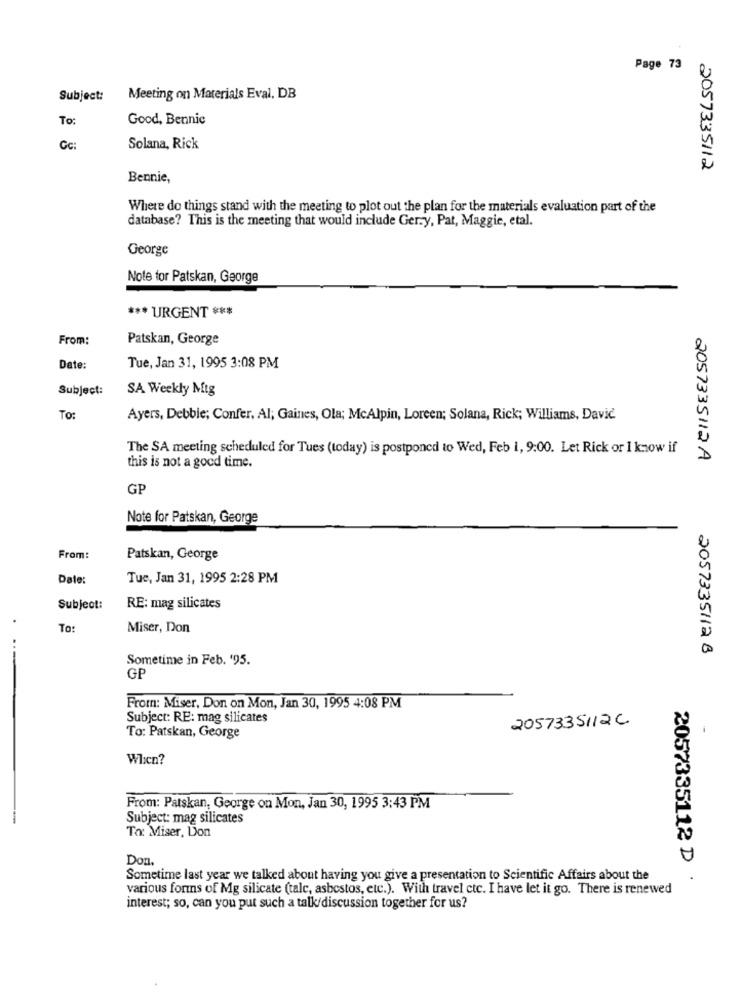
Page 73
Subject:
Meeting on Materials Eval, DB
To:
Good, Bennic
Gc:
Solana, Rick
2057335112
Bennie,
Where do things stand with the meeting to plot out the plan for the materials evaluation part of the
database? This is the meeting that would include Gerry, Pat, Maggie, etal.
George
Note for Patskan, George
*** URGENT ***
From:
Patskan, George
Date:
Tue, Jan 31, 1995 3:08 PM
Subject:
SA Weekly Mtg
To:
Ayers, Debbie; Confer. Al; Gaines, Ola; McAlpin, Loreen; Solana, Rick; Williams, Davic.
The SA meeting scheduled for Tues (today) is postponed to Wed, Feb 1, 9:00. Let Rick or I know if
this is not a good time.
2057335112A
GP
Note for Patskan, George
From:
Patskan, George
Date:
Tue, Jan 31, 1995 2:28 PM
Subject:
RE: mag silicates
To:
Miser, Don
2057335112 B
Sometime in Feb. '95.
GP
From: Miser, Don on Mon, Jan 30, 1995 4:08 PM
Subject: RE: mag silicates
2057335112C
To: Patskan, George
When?
From: Patskan, George on Mon, Jan 30, 1995 3:43 PM
-
Subject: mag silicates
To: Miser, Don
Don.
Sometime last year we talked about having you give a presentation to Scientific Affairs about the
2057335112 D .
various forms of Mg silicate (tale, asbestos, etc.). With travel etc. I have let it go. There is renewed
interest; so, can you put such a talk/discussion together for us?